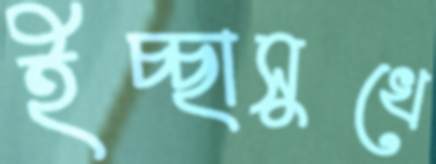
ইচ্ছাসুখে